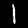
Digit: 1